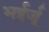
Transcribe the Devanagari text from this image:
भईर्जू